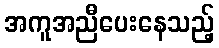
အကူအညီပေးနေသည့်